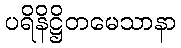
ပရိနိဋ္ဌိတမေသာနာ